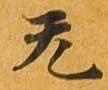
无